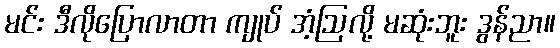
မင်း ဒီလိုပြောလာတာ ကျုပ် အံ့ဩလို့ မဆုံးဘူး ဒွန်ညာ။